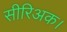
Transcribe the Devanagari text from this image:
सीरिअक।